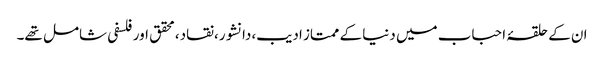
ان کے حلقۂ احباب میں دنیا کے ممتاز ادیب،دانشور،نقاد،محقق اور فلسفی شامل تھے۔